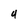
Character: 4